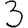
Digit: 3